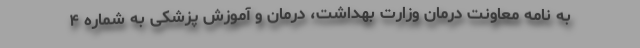
به نامه معاونت درمان وزارت بهداشت، درمان و آموزش پزشکی به شماره ۴